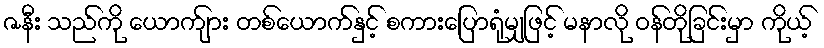
ဇနီး သည်ကို ယောက်ျား တစ်ယောက်နှင့် စကားပြောရုံမျှဖြင့် မနာလို ဝန်တိုခြင်းမှာ ကိုယ့်